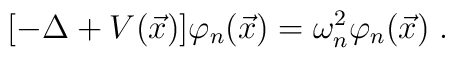
[-\Delta + V(\vec x)]\varphi_n(\vec x) = \omega^2_n \varphi_n(\vec x)\;.